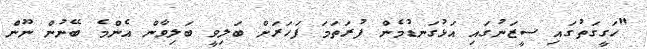
"ހަގީގަތުގައި ސީޒަނުގައި އަޅުގަނޑުމެން ފުރަތަމަ ފަހަރަށް ބަލިވީ ބަލިވާން އެންމެ ބޭނުން ނޫން